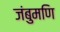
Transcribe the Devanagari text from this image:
जंबुमणि